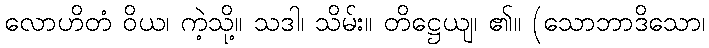
လောဟိတံ ဝိယ၊ ကဲ့သို့။ သဒါ၊ သိမ်း။ တိဋ္ဌေယျ၊ ၏။ (သောဘာဒိသော၊